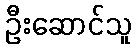
ဦးဆောင်သူ